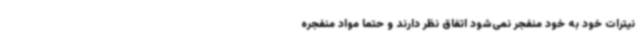
نیترات خود به خود منفجر نمی‌شود اتفاق نظر دارند و حتما مواد منفجره